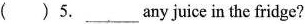
( ) 5. ___any juice in the fridge?